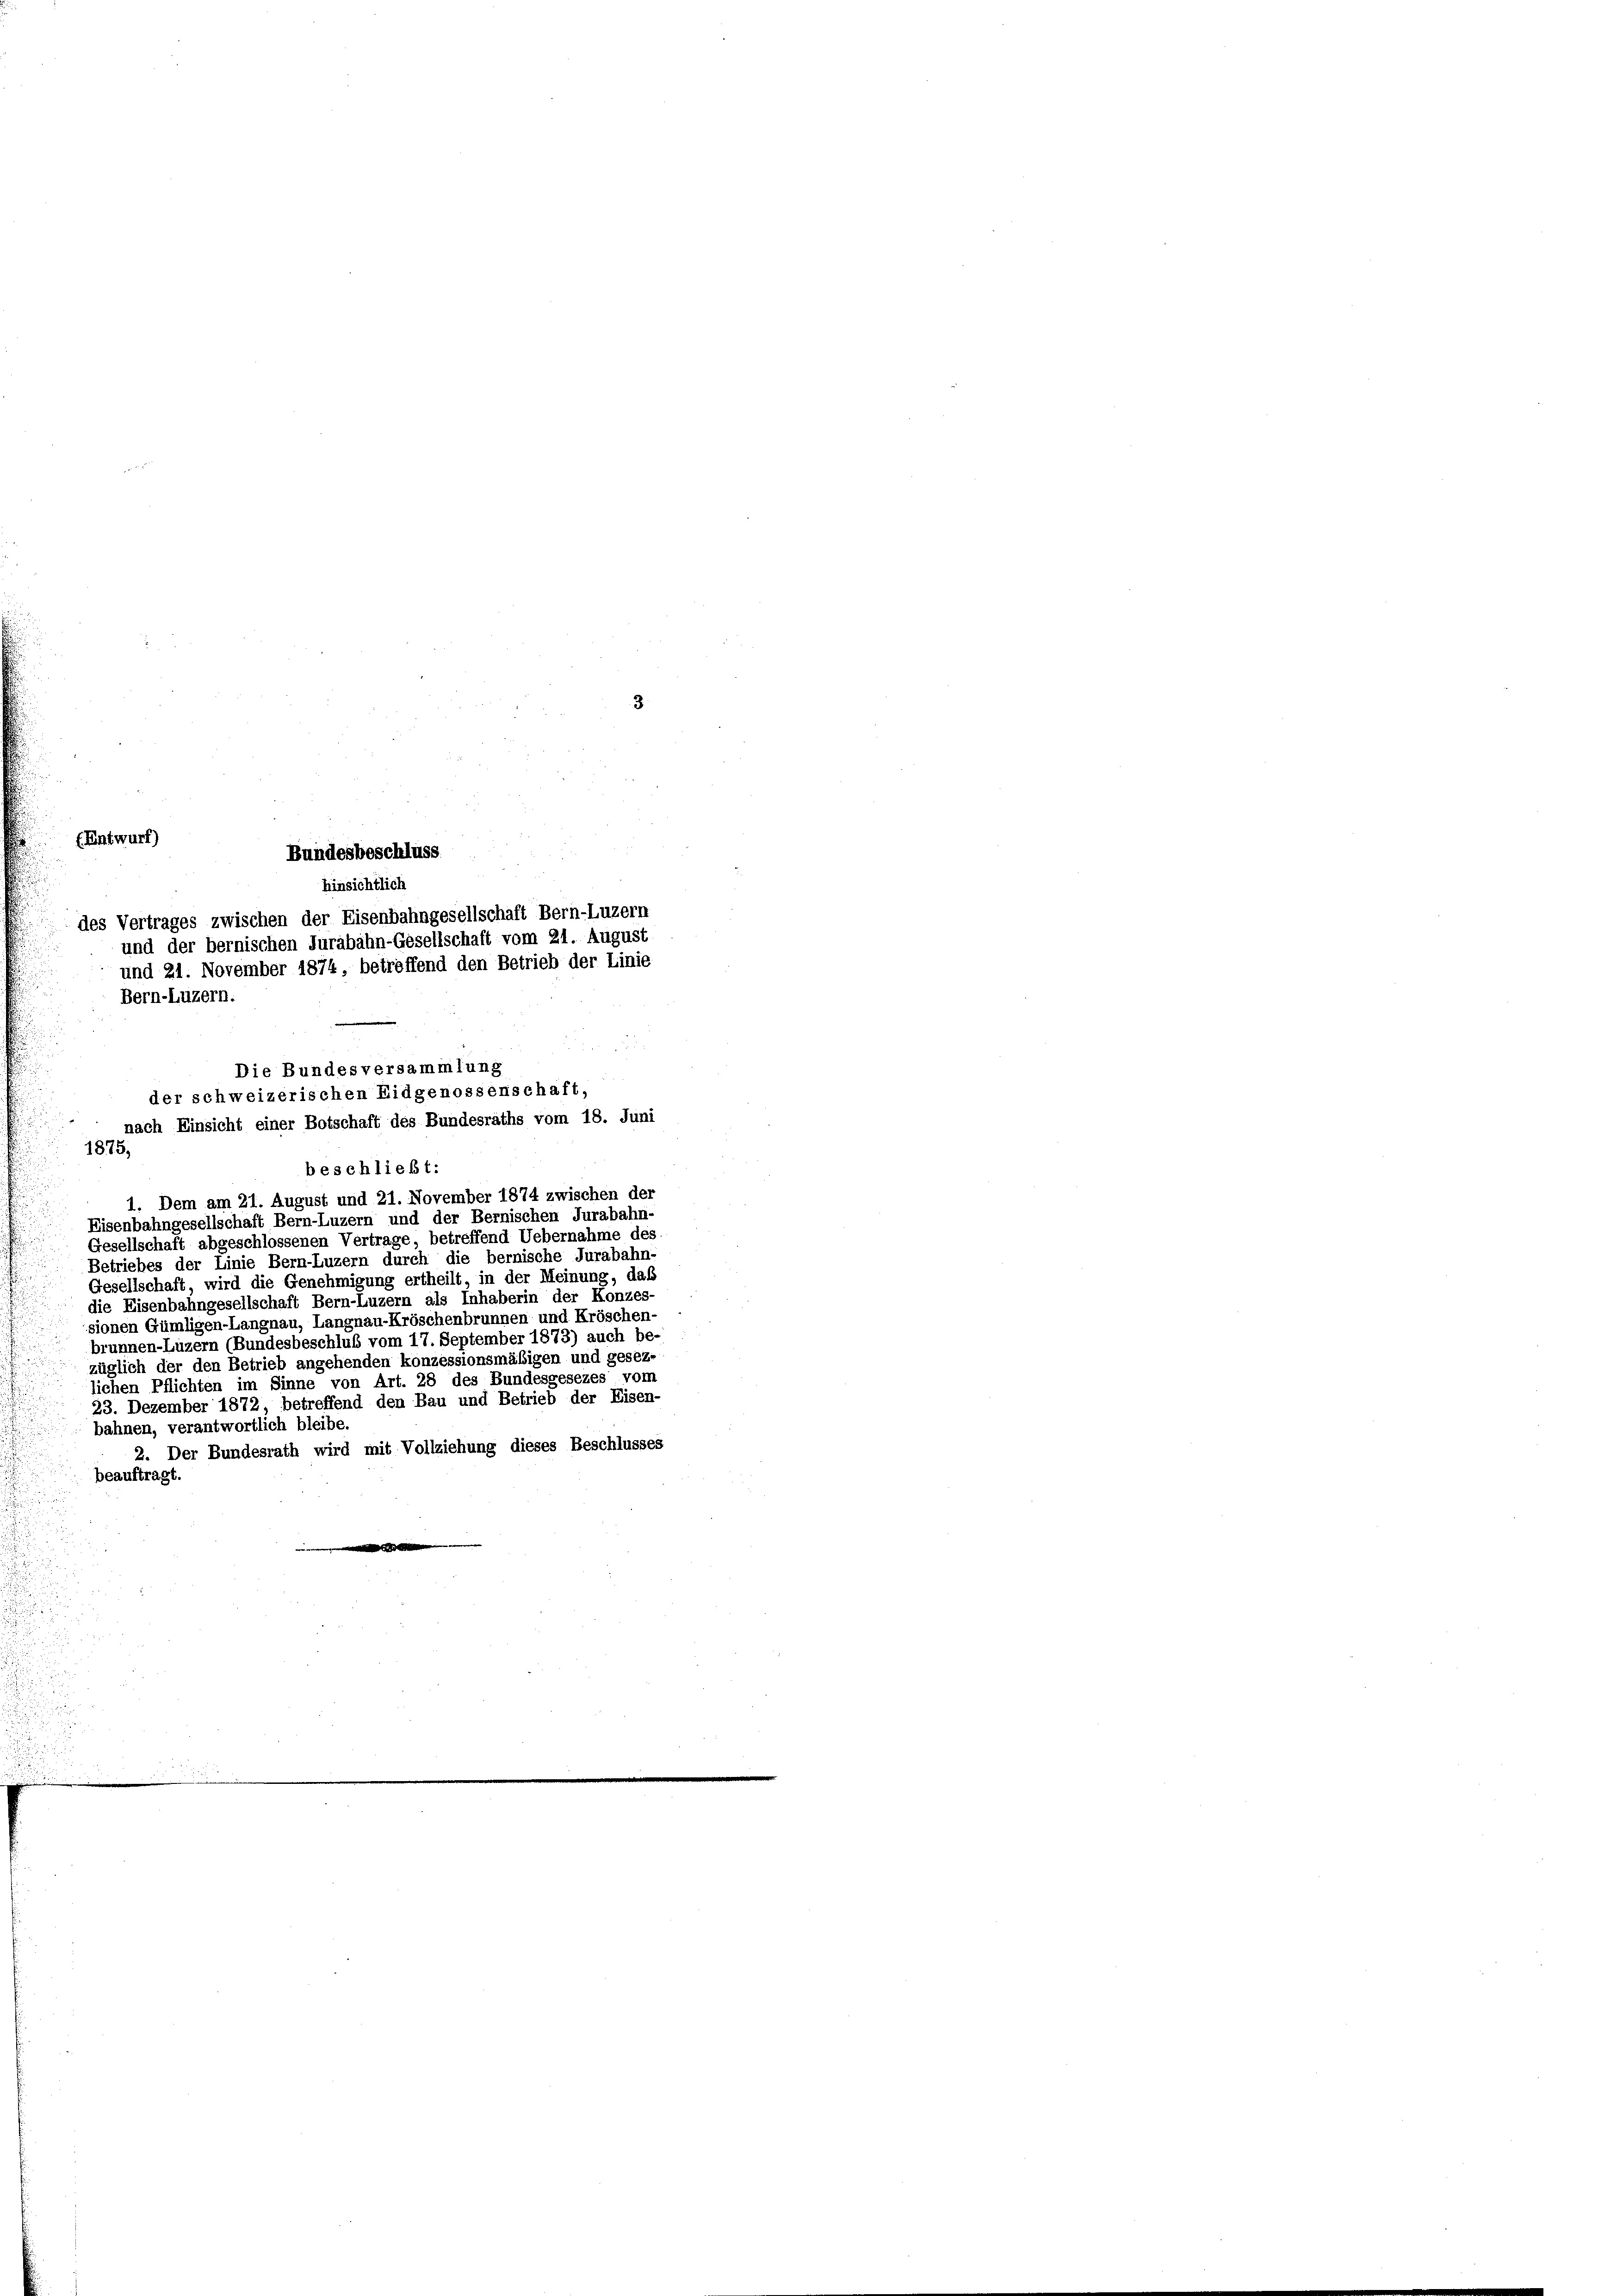
Bundesbeschluss
des Vertrages zwischen der Eisenbahngesellschaft Bern-Luzern
und der bernischen Jurabahn-Gesellschaft vom 21. August
und 21. November 1874, betreffend den Betrieb der Linie
Bern-Luzern.

(Entwurf)

1875,

Hinsichtlich

1. Dem am 21. August und 21. November 1874 zwischen der
Eisenbahngesellschaft Bern-Luzern und der Bernischen Jurabahn-
Gesellschaft abgeschlossenen Vertrage, betreffend Uebernahme des
Betriebes der Linie Bern-Luzern durch die bernische Jurabahn-
Gesellschaft, wird die Genehmigung ertheilt, in der Meinung, daß
die Eisenbahngesellschaft Bern-Luzern als Inhaberin der Konzes-
sionen Gümligen-Langnau, Langnau-Kröschenbrunnen und Kröschen-
brunnen-Luzern (Bundesbeschluß vom 17. September 1873) auch be-
züglich der den Betrieb angehenden konzessionsmäßigen und gesez-
lichen Pflichten im Sinne von Art. 28 des Bundesgesezes vom
23. Dezember 1872 betreffend den Bau und Betrieb der Eisen-
bahnen, verantwortlich bleibe.
2. Der Bundesrath wird mit Vollziehung dieses Beschlusses
beauftragt.

Die Bundesversammlung
der schweizerischen Eidgenossenschaft,
nach Einsicht einer Botschaft des Bundesraths vom 18. Juni
beschließt: